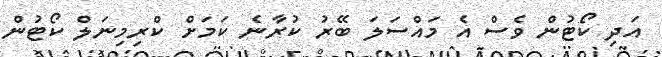
އަދި ކޯޓުން ވެސް އެ މައްސަލަ ބޭރު ކުރާނެ ކަމަށް ކްރިމިނަލް ކޯޓުން